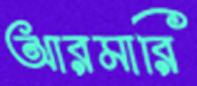
আরমারি